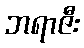
ဘရာဇီး